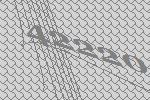
42220